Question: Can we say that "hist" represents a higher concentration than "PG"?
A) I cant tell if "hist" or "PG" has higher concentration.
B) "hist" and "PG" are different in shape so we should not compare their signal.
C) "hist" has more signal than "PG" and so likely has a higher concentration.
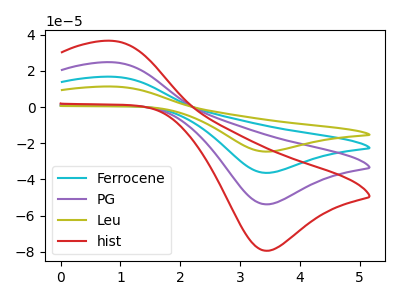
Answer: <think>The cyan curve "Ferrocene" has an anodic peak at (0.85V, 49.60uA) and a cathodic peak at (3.40V, -107.45uA). The purple curve "PG" has an anodic peak at (0.85V, 24.80uA) and a cathodic peak at (3.40V, -53.75uA). The olive curve "Leu" has an anodic peak at (0.85V, 74.35uA) and a cathodic peak at (3.40V, -161.20uA). The red curve "hist" has an anodic peak at (0.85V, 36.60uA) and a cathodic peak at (3.40V, -79.40uA).
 All the peaks in "hist" have a peak in "PG" at the same potential. Every peak in "hist" is higher than every peak in "PG".</think>
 <answer>C) "hist" has more signal than "PG" and so likely has a higher concentration.</answer>
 <eval>C</eval>